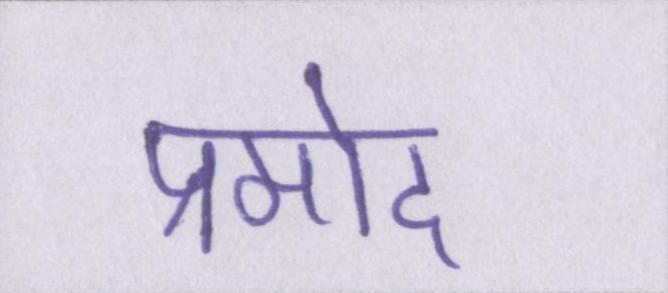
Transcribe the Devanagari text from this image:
प्रमोद